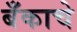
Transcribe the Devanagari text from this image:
बँकाचे